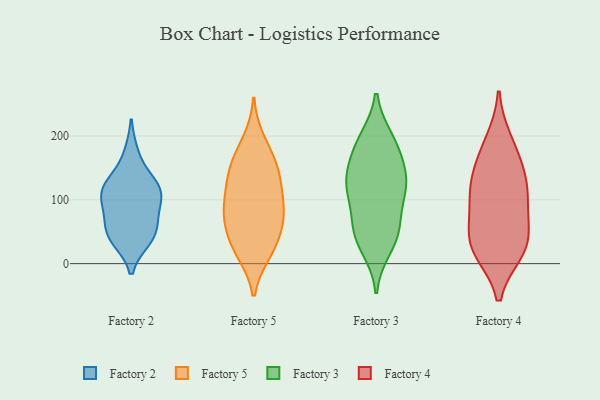
{"axis": {"x": "Satisfaction Score", "y": "Value"}, "legend": ["Factory 2", "Factory 3", "Factory 4", "Factory 5"], "data": [{"x": "", "y": 93, "type": "Factory 2"}, {"x": "", "y": 123, "type": "Factory 2"}, {"x": "", "y": 40, "type": "Factory 2"}, {"x": "", "y": 127, "type": "Factory 2"}, {"x": "", "y": 72, "type": "Factory 2"}, {"x": "", "y": 172, "type": "Factory 2"}, {"x": "", "y": 58, "type": "Factory 2"}, {"x": "", "y": 38, "type": "Factory 2"}, {"x": "", "y": 101, "type": "Factory 2"}, {"x": "", "y": 111, "type": "Factory 2"}, {"x": "", "y": 119, "type": "Factory 2"}, {"x": "", "y": 44, "type": "Factory 2"}, {"x": "", "y": 147, "type": "Factory 5"}, {"x": "", "y": 19, "type": "Factory 5"}, {"x": "", "y": 17, "type": "Factory 5"}, {"x": "", "y": 126, "type": "Factory 5"}, {"x": "", "y": 93, "type": "Factory 5"}, {"x": "", "y": 151, "type": "Factory 5"}, {"x": "", "y": 110, "type": "Factory 5"}, {"x": "", "y": 26, "type": "Factory 5"}, {"x": "", "y": 140, "type": "Factory 5"}, {"x": "", "y": 75, "type": "Factory 5"}, {"x": "", "y": 61, "type": "Factory 5"}, {"x": "", "y": 173, "type": "Factory 5"}, {"x": "", "y": 193, "type": "Factory 5"}, {"x": "", "y": 79, "type": "Factory 5"}, {"x": "", "y": 47, "type": "Factory 5"}, {"x": "", "y": 82, "type": "Factory 5"}, {"x": "", "y": 24, "type": "Factory 3"}, {"x": "", "y": 169, "type": "Factory 3"}, {"x": "", "y": 102, "type": "Factory 3"}, {"x": "", "y": 140, "type": "Factory 3"}, {"x": "", "y": 117, "type": "Factory 3"}, {"x": "", "y": 52, "type": "Factory 3"}, {"x": "", "y": 194, "type": "Factory 3"}, {"x": "", "y": 124, "type": "Factory 3"}, {"x": "", "y": 177, "type": "Factory 3"}, {"x": "", "y": 37, "type": "Factory 3"}, {"x": "", "y": 60, "type": "Factory 3"}, {"x": "", "y": 58, "type": "Factory 3"}, {"x": "", "y": 196, "type": "Factory 3"}, {"x": "", "y": 127, "type": "Factory 3"}, {"x": "", "y": 125, "type": "Factory 3"}, {"x": "", "y": 23, "type": "Factory 4"}, {"x": "", "y": 141, "type": "Factory 4"}, {"x": "", "y": 23, "type": "Factory 4"}, {"x": "", "y": 172, "type": "Factory 4"}, {"x": "", "y": 131, "type": "Factory 4"}, {"x": "", "y": 55, "type": "Factory 4"}, {"x": "", "y": 20, "type": "Factory 4"}, {"x": "", "y": 102, "type": "Factory 4"}, {"x": "", "y": 86, "type": "Factory 4"}, {"x": "", "y": 38, "type": "Factory 4"}, {"x": "", "y": 192, "type": "Factory 4"}, {"x": "", "y": 114, "type": "Factory 4"}]}